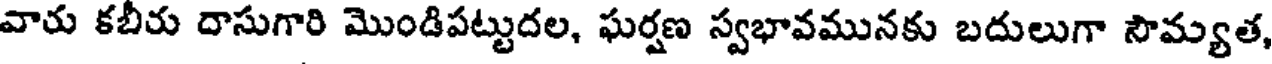
వారు కబీరు దాసుగారి మొండిపట్టుదల, ఘర్షణ స్వభావమునకు బదులుగా సౌమ్యత,